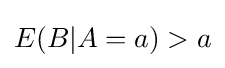
E(B|A=a)>a